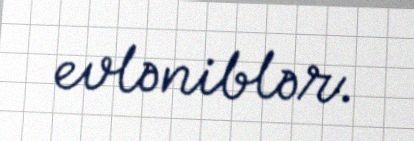
evləniblər.